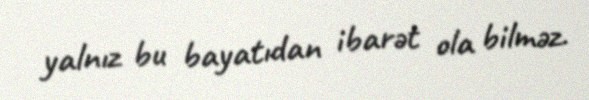
yalnız bu bayatıdan ibarət ola bilməz.